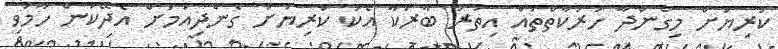
ކުރިޔަށް މިގެންދާ ހަރަކާތްތައް އިތުރު ބާރަކާ އެކު ކުރިޔަށް ގެންދިއުމަށް އެދޭކަން ހާމަވި